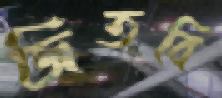
জিতবি